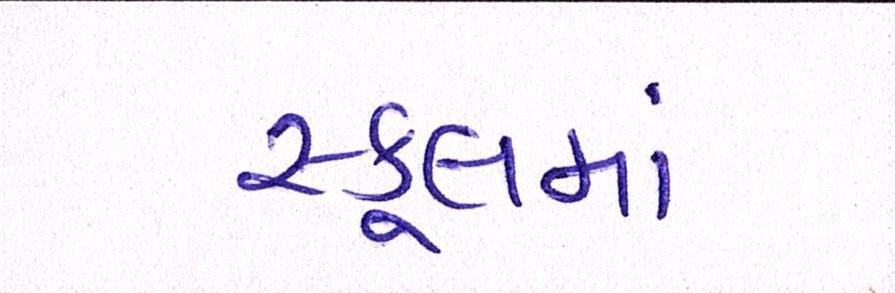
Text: સ્કૂલમાં